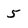
Character: 5